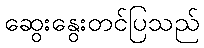
ဆွေးနွေးတင်ပြသည်